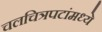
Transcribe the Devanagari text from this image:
चलचित्रपटांमध्ये